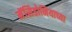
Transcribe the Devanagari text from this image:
मॅसिडोनियाच्या